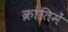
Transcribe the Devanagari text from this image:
क्रांतिमें